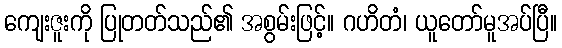
ကျေးဇူးကို ပြုတတ်သည်၏ အစွမ်းဖြင့်။ ဂဟိတံ၊ ယူတော်မူအပ်ပြီ။